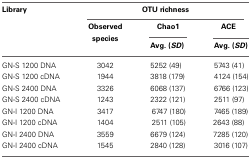
<table><thead><tr><td><b>Library</b></td><td colspan="3"><b>OTU richness</b></td></tr><tr><td></td><td><b>Observed species</b></td><td><b>Chao1</b></td><td><b>ACE</b></td></tr><tr><td></td><td></td><td><b>Avg. (<i>SD</i>)</b></td><td><b>Avg. (<i>SD</i>)</b></td></tr></thead><tbody><tr><td>GN-S 1200 DNA</td><td>3042</td><td>5252 (49)</td><td>5743 (41)</td></tr><tr><td>GN-S 1200 cDNA</td><td>1944</td><td>3818 (179)</td><td>4124 (154)</td></tr><tr><td>GN-S 2400 DNA</td><td>3326</td><td>6068 (137)</td><td>6766 (123)</td></tr><tr><td>GN-S 2400 cDNA</td><td>1243</td><td>2322 (121)</td><td>2511 (97)</td></tr><tr><td>GN-I 1200 DNA</td><td>3417</td><td>6747 (180)</td><td>7465 (189)</td></tr><tr><td>GN-I 1200 cDNA</td><td>1404</td><td>2511 (105)</td><td>2643 (88)</td></tr><tr><td>GN-I 2400 DNA</td><td>3559</td><td>6679 (124)</td><td>7285 (120)</td></tr><tr><td>GN-I 2400 cDNA</td><td>1545</td><td>2840 (128)</td><td>3016 (107)</td></tr></tbody></table>